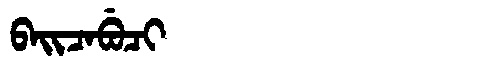
Manchu: ᠪᠠᡳᠴᠠᠪᡠᠴᡳ
Romanization: BAICABUCI